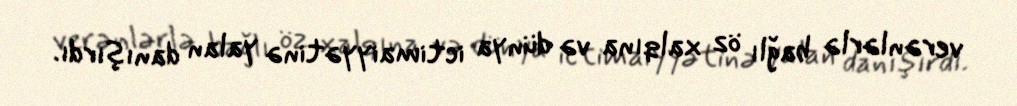
verənlərlə bağlı öz xalqına və dünya ictimaiyyətinə yalan danışırdı.